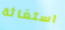
استغاثة